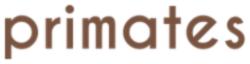
primates